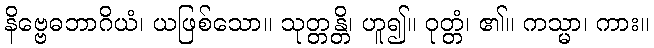
နိဗ္ဗေဓဘာဂိယံ၊ ယဖြစ်သော။ သုတ္တန္တိ၊ ဟူ၍။ ဝုတ္တံ၊ ၏။ ကသ္မာ၊ ကား။